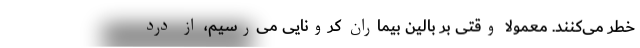
خطر می‌کنند. معمولا وقتی بر بالین بیماران کرونایی می‌رسیم، از درد